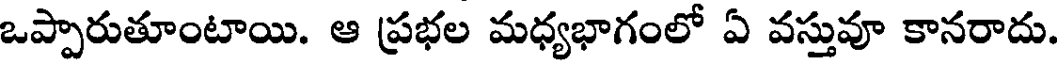
ఒప్పారుతూంటాయి. ఆ ప్రభల మధ్యభాగంలో ఏ వస్తువూ కానరాదు.